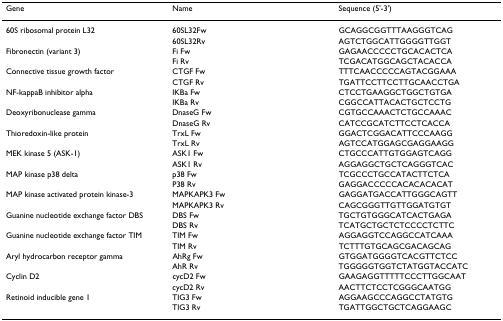
| Gene | Name | Sequence (5'-3') |
 | --- | --- | --- |
 | 60S ribosomal protein L32 | 60SL32Fw | GCAGGCGGTTTAAGGGTCAG |
 |  | 60SL32Rv | AGTCTGGCATTGGGGTTGGT |
 | Fibronectin (variant 3) | Fi Fw | GAGAACCCCCTGCACACTCA |
 |  | Fi Rv | TCGACATGGCAGCTACACCA |
 | Connective tissue growth factor | CTGF Fw | TTTCAACCCCCAGTACGGAAA |
 |  | CTGF Rv | TGATTCCTTCCTTGCAACCTGA |
 | NF-kappaB inhibitor alpha | IKBa Fw | CTCCTGAAGGCTGGCTGTGA |
 |  | IKBa Rv | CGGCCATTACACTGCTCCTG |
 | Deoxyribonuclease gamma | DnaseG Fw | CGTGCCAAACTCTGCCAAAC |
 |  | DnaseG Rv | CATCCGCATCTTCCTCACCA |
 | Thioredoxin-like protein | TrxL Fw | GGACTCGGACATTCCCAAGG |
 |  | TrxL Rv | AGTCCATGGAGCGAGGAAGG |
 | MEK kinase 5 (ASK-1) | ASK1 Fw | CTGCCCATTGTGGAGTCAGG |
 |  | ASK1 Rv | AGGAGGCTGCTCAGGGTCAC |
 | MAP kinase p38 delta | p38 Fw | TCGCCCTGCCATACTTCTCA |
 |  | P38 Rv | GAGGACCCCCACACACACAT |
 | MAP kinase activated protein kinase-3 | MAPKAPK3 Fw | GAGGATGACCATTGGGCAGTT |
 |  | MAPKAPK3 Rv | CAGCGGGTTGTTGGATGTGT |
 | Guanine nucleotide exchange factor DBS | DBS Fw | TGCTGTGGGCATCACTGAGA |
 |  | DBS Rv | TCATGCTGCTCTCCCCTCTTC |
 | Guanine nucleotide exchange factor TIM | TIM Fw | AGGAGGTCCAGGCCATCAAA |
 |  | TIM Rv | TCTTTGTGCAGCGACAGCAG |
 | Aryl hydrocarbon receptor gamma | AhRg Fw | GTGGATGGGGTCACGTTCTCC |
 |  | AhR Rv | TGGGGGTGGTCTATGGTACCATC |
 | Cyclin D2 | cycD2 Fw | GAAGAGGTTTTTCCCTTGGCAAT |
 |  | cycD2 Rv | AACTTCTCCTCGGGCAATGG |
 | Retinoid inducible gene 1 | TIG3 Fw | AGGAAGCCCAGGCCTATGTG |
 |  | TIG3 Rv | TGATTGGCTGCTCAGGAAGC |